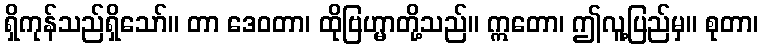
ရှိကုန်သည်ရှိသော်။ တာ ဒေဝတာ၊ ထိုဗြဟ္မာတို့သည်။ ဣတော၊ ဤလူ့ပြည်မှ။ စုတာ၊